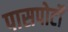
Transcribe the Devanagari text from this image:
पासपोर्टों